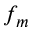
f _ { m }